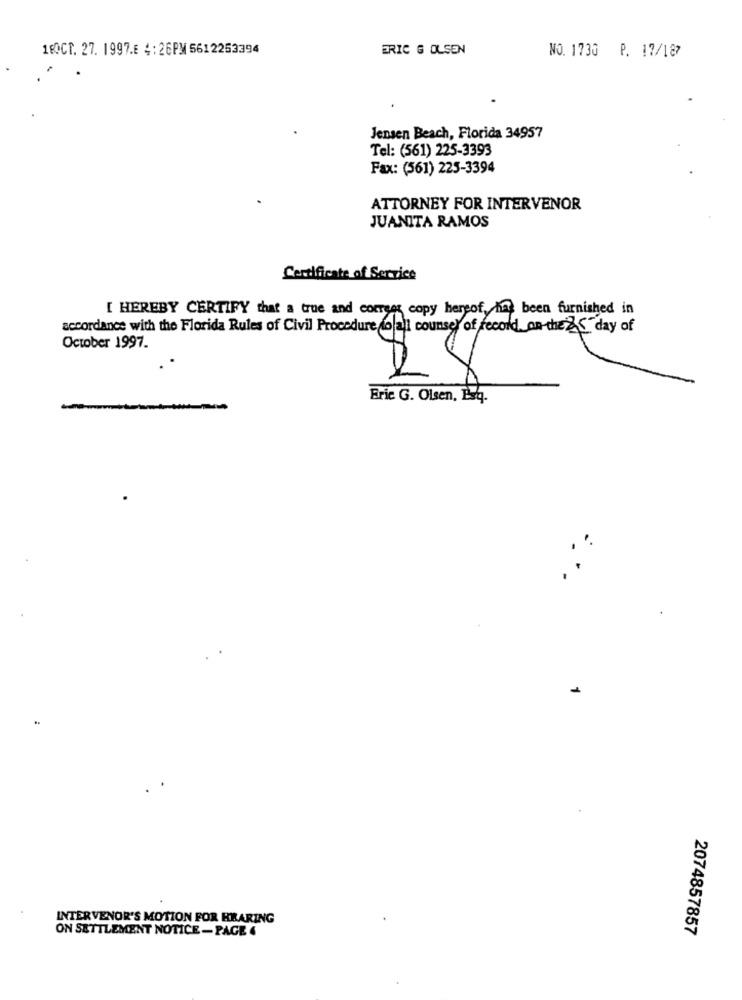
18OCT. 27. 1997.E 4 : 26PM 5612253394
ERIC G OLSEN
NO. 1730 P. 17/187
Jensen Beach, Florida 34957
Tel: (561) 225-3393
Fax: (561) 225-3394
ATTORNEY FOR INTERVENOR
JUANITA RAMOS
Certificate of Service
[ HEREBY CERTIFY that a true and correas copy hersof has been furnished in
accordance with the Florida Rules of Civil Procedure (wall counsel of record, on the day of
October 1997.
F
Eric G. Olsen, Esq.
INTERVENOR'S MOTION FOR HBARING
ON SETTLEMENT NOTICE - PAGE 4
2074857857